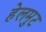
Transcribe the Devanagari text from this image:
हेलमुट